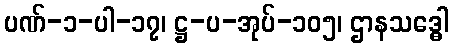
ပဏ်-၁-ပါ-၁၇၊ ဋ္ဌ-ပ-အုပ်-၁၀၅၊ ဌာနသဒ္ဓေါ